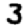
Digit: 3